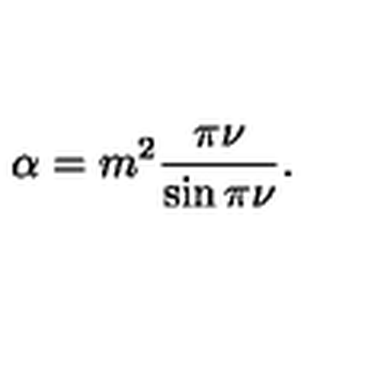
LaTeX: \alpha = m ^ { 2 } \frac { \pi \nu } { \sin \pi \nu } .